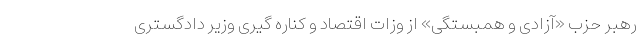
رهبر حزب «آزادی و همبستگی» از وزات اقتصاد و کناره گیری وزیر دادگستری